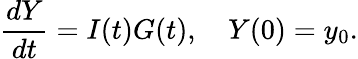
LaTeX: \frac{dY}{dt}=I(t)G(t),\quad Y(0)=y_{0}.